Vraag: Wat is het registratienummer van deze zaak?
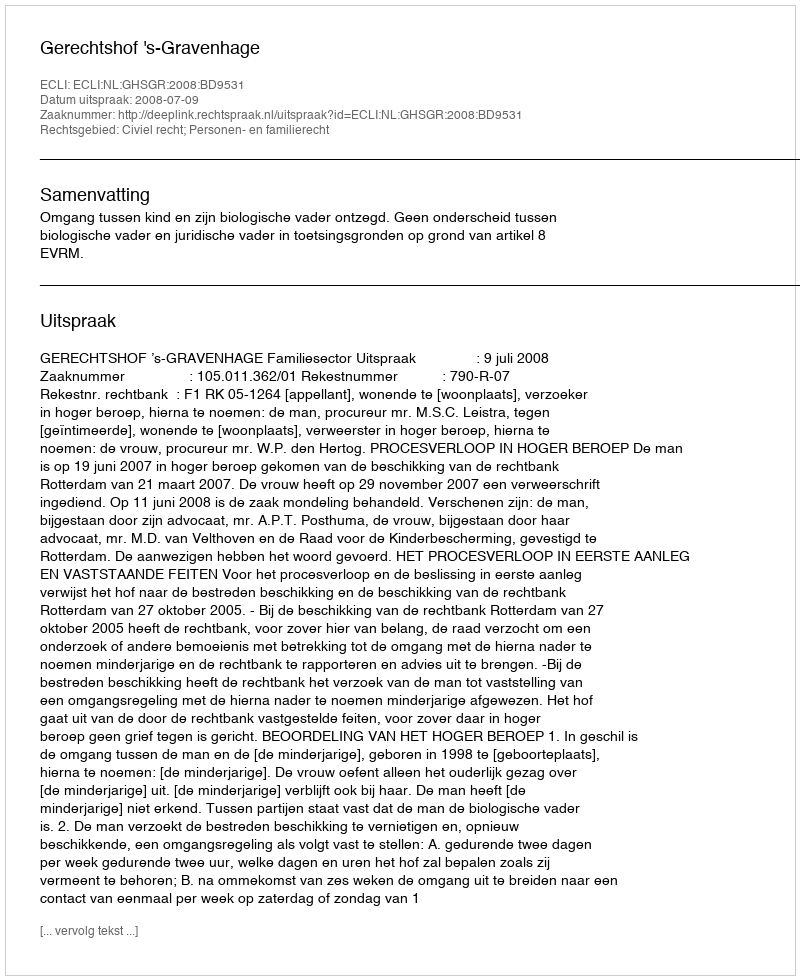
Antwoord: http://deeplink.rechtspraak.nl/uitspraak?id=ECLI:NL:GHSGR:2008:BD9531